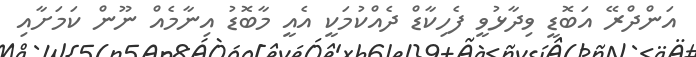
އަންދްރޭ އަބޮޑީ ވިދާޅުވީ ފެހިކާޑް ދެއްކުމަކީ އެއީ މާބޮޑު އިނާމެއް ނޫން ކަމަށާއި